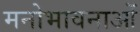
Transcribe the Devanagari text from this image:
मनोभावनाआें